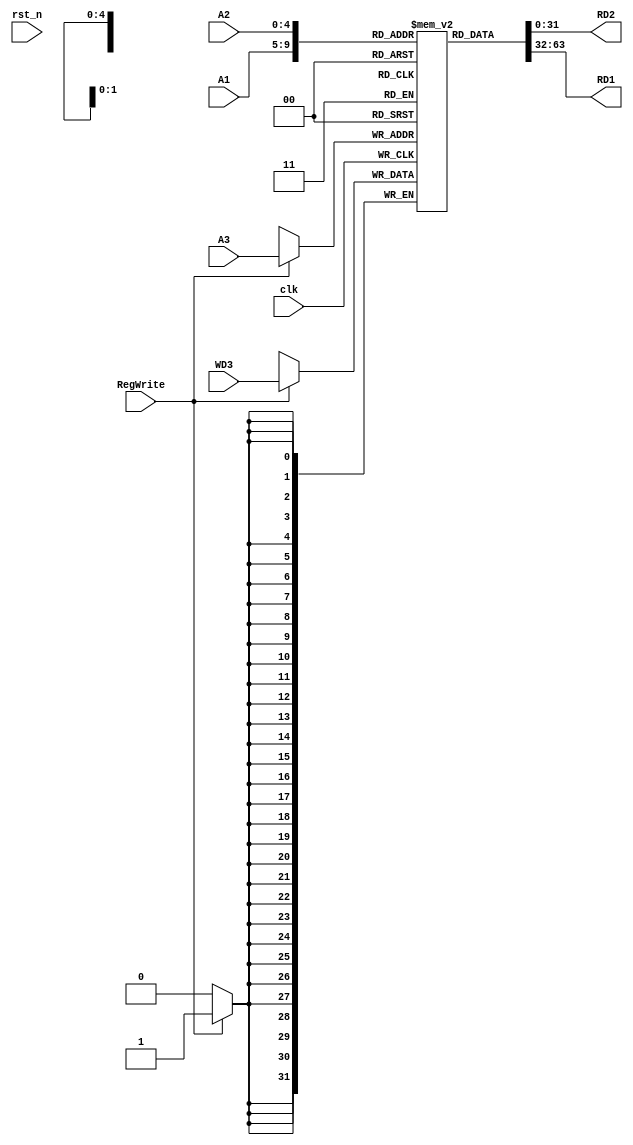
/*

	File name    : Reg_File
	LastEditors  : H
	LastEditTime : 2021-11-04 21:43:02
	Last Version : 1.0
	Description  : 
	
	----------------------------------------------------------------------------------------
	
	Author       : H
	Date         : 2021-11-03 21:01:39
	FilePath     : \MIPS_Pipeline\Reg_File.v
	Copyright 2021 H, All Rights Reserved. 

*/

module Reg_File (
    input               clk, //clock
    input               rst_n, //reset
    input       [4:0]   A1,         // Address 1
    input       [4:0]   A2,         // Address 2
    input       [4:0]   A3,         // Address 3

    input               RegWrite, //register written to
    input       [31:0]  WD3,        // write date
    output      [31:0]  RD2,        // read data 2
    output      [31:0]  RD1         // read data 1

);
    // lw : load word instr [op(6bit) rs(5bit) rd(5bit) imm(16bit)]

    reg [31:0]  ROM [31:0]; // 32 ROMs of 32 bits each = 1024
    initial begin
        ROM[0] <= 32'b0; //Assignment 32 bits to ROMS 1 - 16
        ROM[1] <= 32'b0;
        ROM[2] <= 32'b0;
        ROM[3] <= 32'b0;
        ROM[4] <= 32'b0;
        ROM[5] <= 32'b0;
        ROM[6] <= 32'b0;
        ROM[7] <= 32'b0;
        ROM[8] <= 32'b0;
        ROM[9] <= 32'b0;
        ROM[10] <= 32'b0;
        ROM[11] <= 32'b0;
        ROM[12] <= 32'b0;
        ROM[13] <= 32'b0;
        ROM[14] <= 32'b0;
        ROM[15] <= 32'b0;
    end


    assign RD1 = ROM[A1];//Assigning the ROM at index A1 to RD1
    assign RD2 = ROM[A2];//Assigning the ROM at index A@ to RD2
    // RegWrite is set to 1 when lw Instr is executed
    always @(negedge clk) begin //if clock has a negatuvwe edge
        if (RegWrite) begin
            // load word
            ROM[A3] <= WD3;//Assigning WD# to the ROM at index A3
        end
    end
endmodule